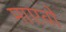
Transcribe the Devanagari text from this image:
माएवो